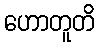
ဟောတူတိ